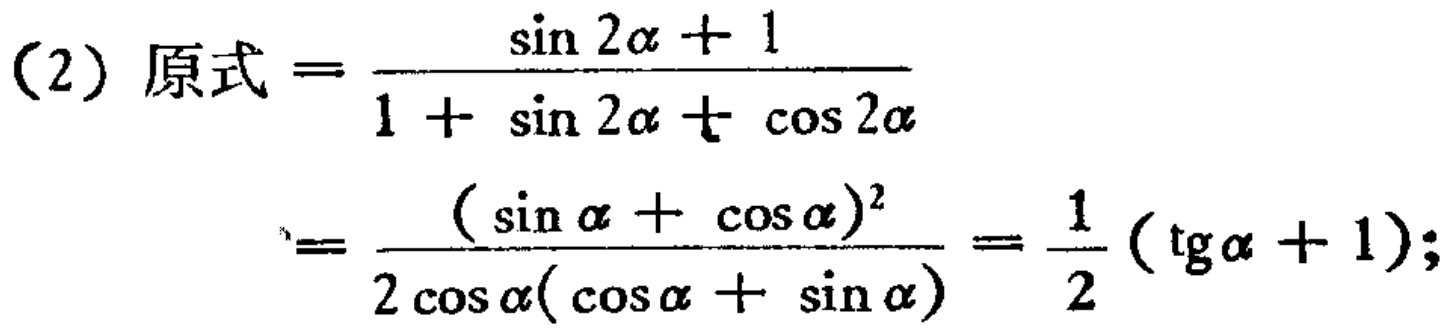
\[

\begin{align*}

(2)\ 原式&=\frac{\sin 2\alpha + 1}{1 + \sin 2\alpha+\cos 2\alpha}\\

&=\frac{(\sin \alpha + \cos \alpha)^2}{2\cos \alpha(\cos \alpha + \sin \alpha)}=\frac{1}{2}(\operatorname{tg}\alpha + 1);

\end{align*}

\]